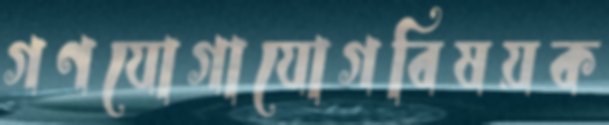
গণযোগাযোগবিষয়ক